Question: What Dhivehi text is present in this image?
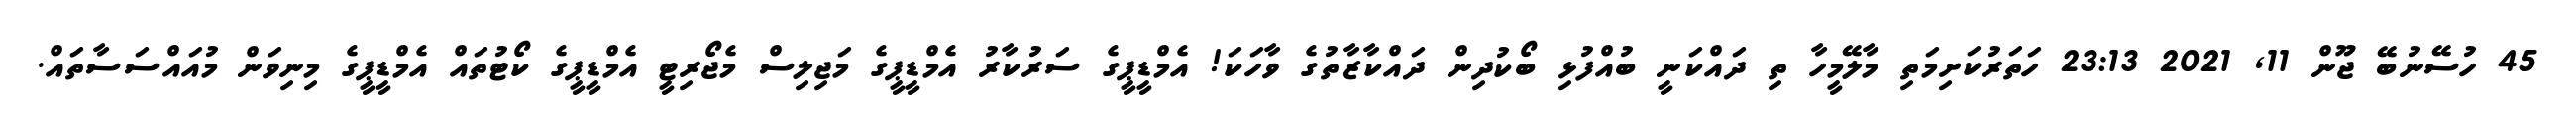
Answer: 45 ހުސޭނުބޭ ޖޫން 11, 2021 23:13 ހަތަރުކަށިމަތި މާލޭމީހާ ތި ދައްކަނީ ބުއްފުޅި ބޯކުދިން ދައްކާޒާތުގެ ވާހަކަ! އެމްޑީޕީގެ ސަރުކާރު އެމްޑީޕީގެ މަޖިލިސް މެޖޯރިޓީ އެމްޑީޕީގެ ކޯޓުތައް އެމްޑީޕީގެ މިނިވަން މުއައްސަސާތައް.